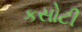
કસોટી